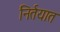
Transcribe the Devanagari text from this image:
निर्तयात